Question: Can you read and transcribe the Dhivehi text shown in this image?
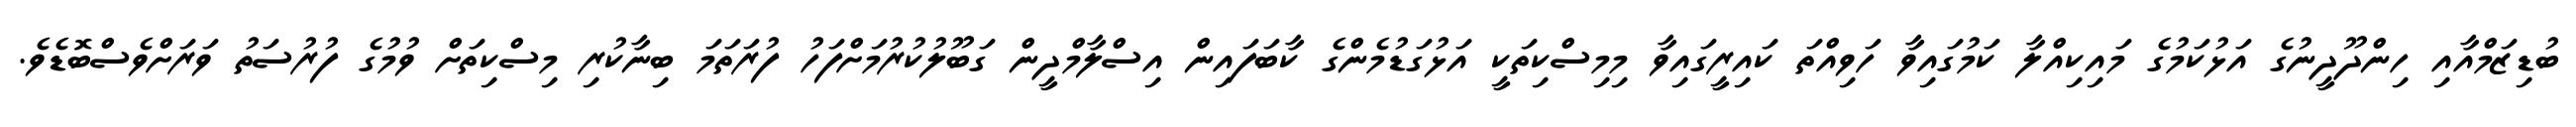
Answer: ބުޑިޒަމްއާއި ހިންދޫދީނުގެ އަޅުކަމުގެ މައިކިއްލާ ކަމުގައިވާ ހަވިއްތަ ކައިރީގައިވާ މިމިސްކިތަކީ އަޅުގަޑުމެންގެ ކާބަފައިން އިސްލާމްދީން ގަބޫލުކުރުމަށްފަހު ފުރަތަމަ ބިނާކުރި މިސްކިތަށް ވުމުގެ ފުރުސަތު ވަރަށްވެސްބޮޑެވެ.